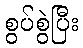
စွပ်စွဲပြီး